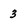
Character: 3